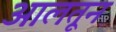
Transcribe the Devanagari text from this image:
आलतून